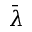
\bar { \lambda }